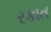
રકાત